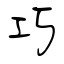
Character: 巧